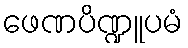
ဖေဏပိဏ္ဍူပမံ